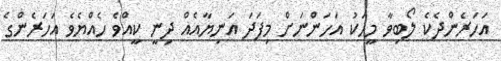
އަހަރެންދެކެ ލޯބިވާ މީހަކު އަހަންނަށް މިފަދަ އަނިޔާއެއް ދިނީ ކީއްވެ ހެއްޔެވެ އަހަރެންގެ